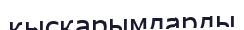
қысқарымдарды